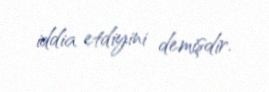
iddia etdiyini demişdir.